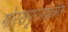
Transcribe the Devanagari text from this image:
गोरखपूरजवळील